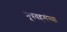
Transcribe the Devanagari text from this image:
मूत्रवहसंस्था